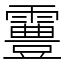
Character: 霻